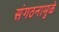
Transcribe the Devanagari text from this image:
संगठनामुळे